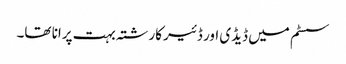
سسٹم میں ڈیڈی اور ڈئیر کارشتہ بہت پرانا تھا۔